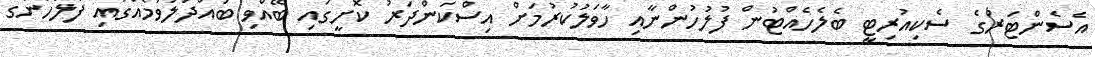
އެސެންޓަރުގެ ސެކިއުރިޓީ ބެލެހެއްޓުން ފުލުހުންނާއި ހާވަލުކުރުމަށް އިސްކަންދަރު ކޮށީގައި ބޭއްވި ބައްދަލުވުމެއްގައި ފުލުހުންގެ